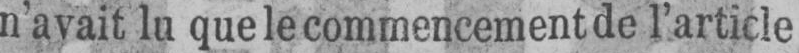
n’avait lu que le commencement de l’article